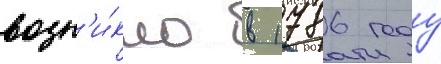
возн'и́кло в 1786 году